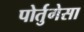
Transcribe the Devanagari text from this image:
पोर्तुगेसा